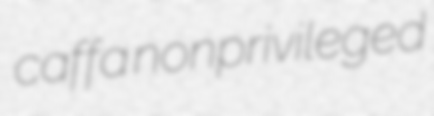
caffa nonprivileged